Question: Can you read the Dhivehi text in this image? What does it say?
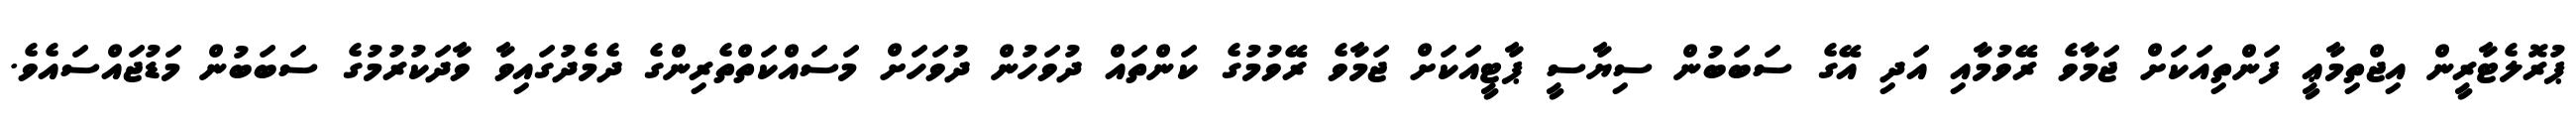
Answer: ޕުރޮލެޓާރީން އިޖްތިމާޢީ ފަންތިއަކަށް ޖަމާވެ ރޭވުމާއި އަދި އޭގެ ސަބަބުން ސިޔާސީ ޕާޓީއަކަށް ޖަމާވެ ރޭވުމުގެ ކަންތައް ދުވަހުން ދުވަހަށް މަސައްކަތްތެރިންގެ ދެމެދުގައިވާ ވާދަކުރުމުގެ ސަބަބުން މަޑުޖައްސައެވެ.